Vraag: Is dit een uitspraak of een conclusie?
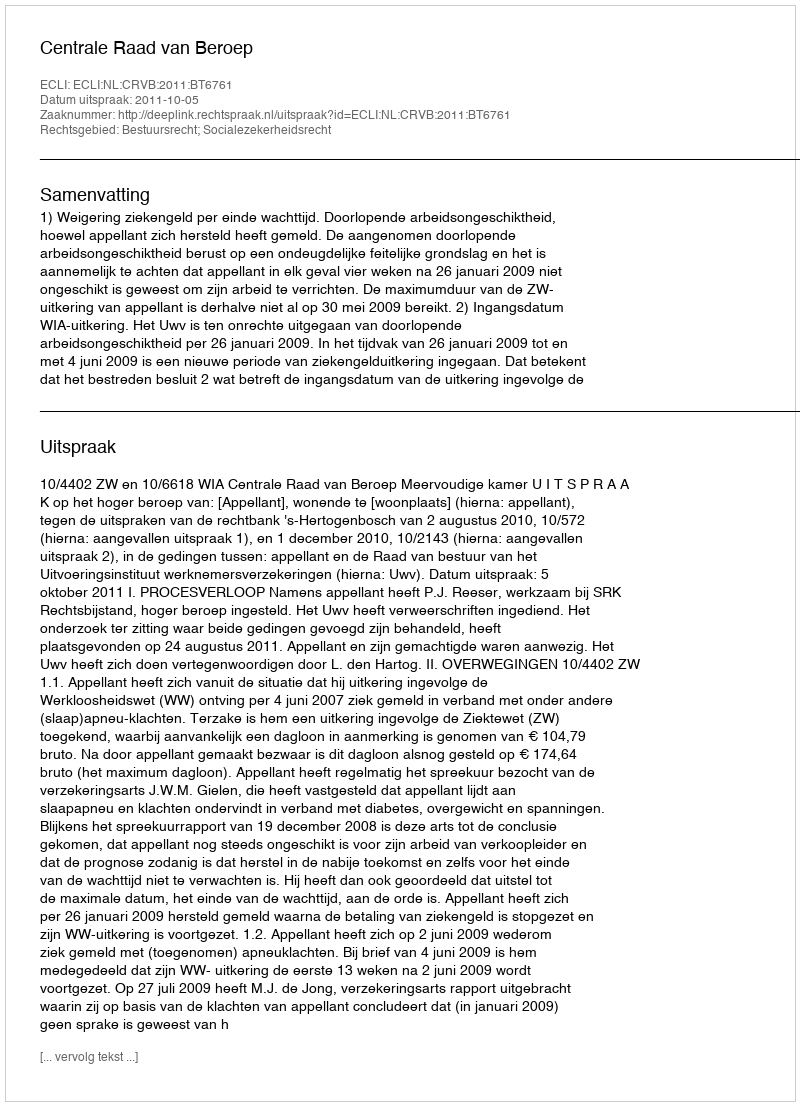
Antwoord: Uitspraak